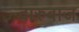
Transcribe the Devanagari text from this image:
दारुबाज